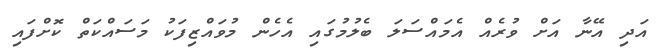
އަދި އޭނާ އަށް ވުރެއް އެމައްސަލަ ބެލުމުގައި އެހެން މުވައްޒިފަކު މަސައްކަތް ކޮށްފައި